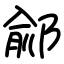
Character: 鄃